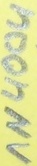
Text: 1N4004